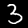
Digit: 3